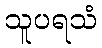
သူပရသံ